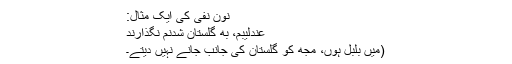
نونِ نفی کی ایک مثال:
عندلیبم، به گُلستان شُدنم نگْذارند
(میں بُلبُل ہوں، مجھ کو گُلستان کی جانب جانے نہیں دیتے۔